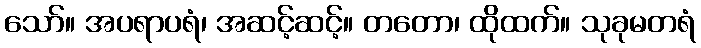
သော်။ အပရာပရံ၊ အဆင့်ဆင့်။ တတော၊ ထိုထက်။ သုခုမတရံ